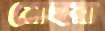
মোহরা